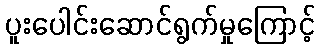
ပူးပေါင်းဆောင်ရွက်မှုကြောင့်